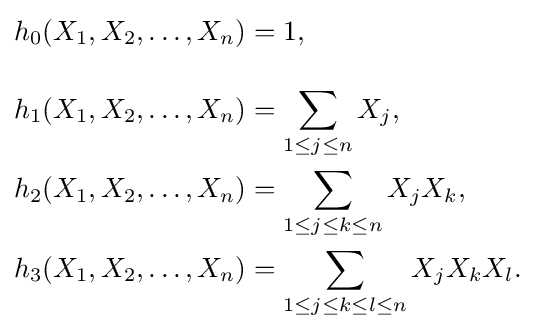
{\begin{aligned}h_{0}(X_{1},X_{2},\dots ,X_{n})&=1,\\[10px]h_{1}(X_{1},X_{2},\dots ,X_{n})&=\sum _{1\leq j\leq n}X_{j},\\h_{2}(X_{1},X_{2},\dots ,X_{n})&=\sum _{1\leq j\leq k\leq n}X_{j}X_{k},\\h_{3}(X_{1},X_{2},\dots ,X_{n})&=\sum _{1\leq j\leq k\leq l\leq n}X_{j}X_{k}X_{l}.\end{aligned}}